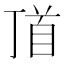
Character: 𩠑